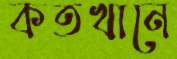
কতখানে